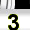
Digit: 3